Leprosy in India: report of the Leprosy Commission in India, 1890-91
Year: 1890
Disease focus: Leprosy
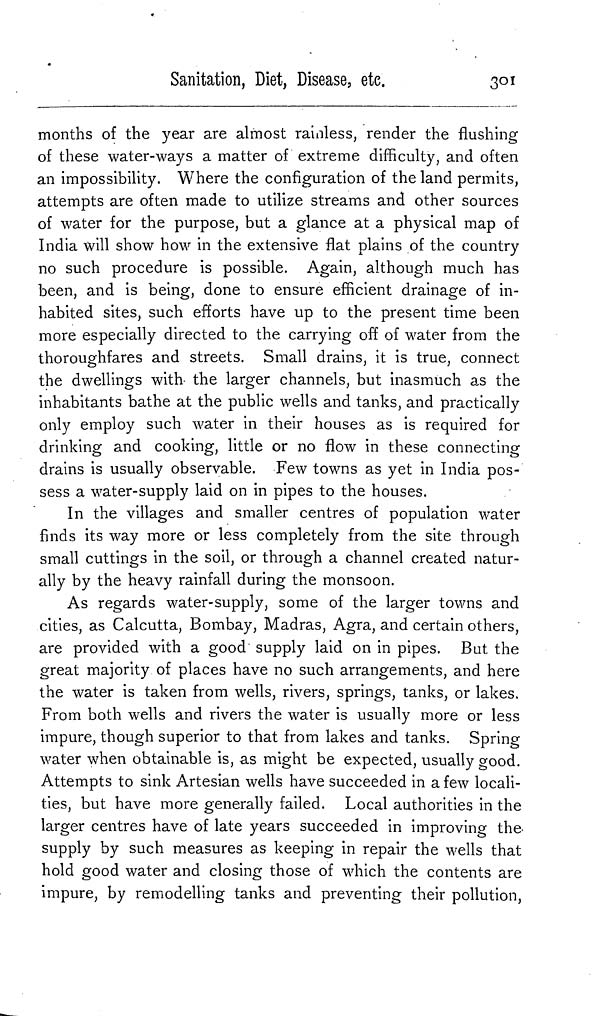
Sanitation, Diet, Disease,
etc.
301
months of the year are almost rainless, render the flushing
of these water-ways a matter of extreme difficulty, and often
an impossibility. Where the configuration of the land permits,
attempts are often made to utilize streams and other sources
of water for the purpose, but a glance at a physical map of
India will show how in the extensive flat plains of the country
no such procedure is possible. Again, although much has
been, and is being, done to ensure efficient drainage of in-
habited sites, such efforts have up to the present time been
more especially directed to the carrying off of water from the
thoroughfares and streets. Small drains, it is true, connect
the dwellings with the larger channels, but inasmuch as the
inhabitants bathe at the public wells and tanks, and practically
only employ such water in their houses as is required for
drinking and cooking, little or no flow in these connecting
drains is usually observable. Few towns as yet in India pos-
sess a water-supply laid on in pipes to the houses.
In the villages and smaller centres of population water
finds its way more or less completely from the site through
small cuttings in the soil, or through a channel created natur-
ally by the heavy rainfall during the monsoon.
As regards water-supply, some of the larger towns and
cities, as Calcutta, Bombay, Madras, Agra, and certain others,
are provided with a good supply laid on in pipes. But the
great majority of places have no such arrangements, and here
the water is taken from wells, rivers, springs, tanks, or lakes.
From both wells and rivers the water is usually more or less
impure, though superior to that from lakes and tanks. Spring
water when obtainable is, as might be expected, usually good.
Attempts to sink Artesian wells have succeeded in a few locali-
ties, but have more generally failed. Local authorities in the
larger centres have of late years succeeded in improving the
supply by such measures as keeping in repair the wells that
hold good water and closing those of which the contents are
impure, by remodelling tanks and preventing their pollution,